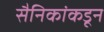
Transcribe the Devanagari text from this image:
सैनिकांकडून